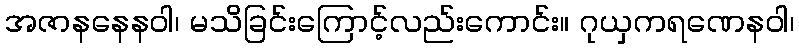
အဇာနနေနဝါ၊ မသိခြင်းကြောင့်လည်းကောင်း။ ဂုယှကရဏေနဝါ၊